Indian journal of veterinary science and animal husbandry - Volumes 15-17, 1948-1951
Year: 1948
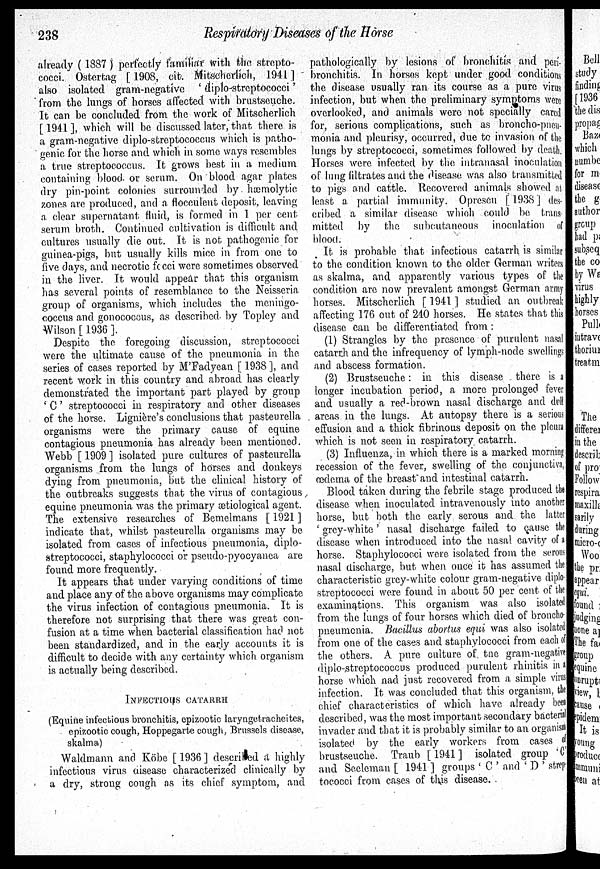
238
Respiratory
Diseases of the Horse
already ( 1887 ) perfectly familiar with the strepto-
cocci. Ostertag [1908, cit. Mitscherlich, 1941]
also isolated gram-negative ' diplo-streptococci'
from the lungs of horses affected with brustseuche.
It can be concluded from the work of Mitscherlich
[ 1941 ], which will be discussed later, that there is
a gram-negative diplo-streptococcus which is patho-
genic for the horse and which in some ways resembles
a true streptococcus. It grows best in a medium
containing blood- or serum. On blood agar plates
dry pin-point colonies surrounded by hæmolytic
zones are produced, and a, flocculent deposit, leaving
a clear supernatant, fluid, is formed in 1 per cent,
serum broth. Continued cultivation is difficult and
cultures usually die out. It is not pathogenic for
guinea-pigs, but usually kills mice in from one to
five days, and necrotic fecci were sometimes observed
in the liver. It would appear that this organism
has several points of resemblance to the Neisseria
group of organisms, which includes the meningo-
coccus and gonococcus, as described by Topley and
Wilson [ 1936 ].
Despite the foregoing discussion, streptococci
were the ultimate cause of the pneumonia in the
series of cases reported by M'Fadyean [ 1938], and
recent work in this country and abroad has clearly
demonstrated the important part played by group
' C' streptococci in respiratory and other diseases
of the horse. Lignière's conclusions that pastenrella
organisms were the primary cause of equine
contagious pneumonia has already been mentioned.
Webb [ 1909 ] isolated pure cultures of pastenrella
organisms from the lungs of horses and donkeys
dying from pneumonia, but the clinical history of
the outbreaks suggests that the virus of contagious,
equine pneumonia was the primary ætiological agent.
The extensive researches of Bemelmans [ 1921 ]
indicate that, whilst pasteurella organisms may be
isolated from cases of infectious pneumonia, diplo-
streptococci, staphylococci or pseudo-pyocyanca are
found more frequently.
It appears that under varying conditions of time
and place any of the above organisms may complicate
the virus infection of contagious pneumonia. It is
therefore not surprising that there was great con-
fusion at a time when bacterial classification had not
been standardized, and in the early accounts it is
difficult to decide with any certainty which organism
is actually being described.
INFECSTIOUS CATARRH
(Equine infectious bronchitis, epizootic laryngetracheites,
epizootic cough, Hoppegarte cough, Brussels disease,
skalma)
Waldmann and Köbe [ 1936 ] described a highly
infectious virus disease characterized clinically by
a dry, strong cough as its chief symptom, and
pathologically by lesions of bronchitis and peri-
bronchitis. In horses kept under good conditions
the disease usually ran its course as a pure virus
infection, but when the preliminary symptoms were
overlooked, and animals were not specially cared
for, serious complications, such as broncho-pneu-
monia and pleurisy, occurred, due to invasion of the
lungs by streptococci, sometimes followed by death.
Horses were infected by the intranasal inoculation
of lung filtrates and the disease was also transmitted
to pigs and cattle. Recovered animals showed at,
least a partial immunity. Oprescu [ 1938 ] des-
cribed a similar disease which could be trans-
mitted by the subcutaneous inoculation of
blood.
It is probable that infectious catarrh is similar
to the condition known to the older German writers
as skalma, and apparently various types of the
condition are now prevalent amongst German army
horses. Mitscherlich [ 1941 ] studied an outbreak
affecting 176 out of 240 horses. He states that this
disease can be differentiated from :
(1) Strangles by the presence of purulent nasal
catarrh and the infrequency of lymph-node swellings
and abscess formation.
(2) Brustseuche: in this disease there is a
longer incubation period, a more prolonged fever
and usually a red-brown nasal discharge and dull
areas in the lungs. At autopsy there is a serious
effusion and a thick fibrinous deposit on the pleura
which is not seen in respiratory catarrh.
(3) Influenza, in which there is a marked morning
recession of the fever, swelling of the conjunctiva,
œdema of the breast and intestinal catarrh.
Blood taken during the febrile stage produced the
disease when inoculated intravenously into another
horse, but both the early serous and the latter
' grey-white ' nasal discharge failed to cause the
disease when introduced into the nasal cavity of a
horse. Staphylococci were isolated from the serous
nasal discharge, but when once it has assumed the
characteristic grey-white colour gram-negative diplo-
streptococci were found in about 50 per cent of the
examinations. This organism was also isolated
from the lungs of four horses which died of broncho-
pneumonia. Bacillus abortus equi was also isolated
from one of the cases and staphylococci from each of
the others. A pure culture of the grain-negative
diplo-streptococcus produced purulent rhinitis in a
horse which nad just recovered from a simple virus
infection. It was concluded that this organism, the
chief characteristics of which have already been
described, was the most important secondary bacteria
invader and that it is probably similar to an organism
isolated by the early workers from cases of
brustseuche. Traub [ 1941 ] isolated group 'C
and Seeleman [ 1941 ] groups ' C ' and ' D ' strep
tococci from cases of this disease.